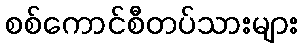
စစ်ကောင်စီတပ်သားများ